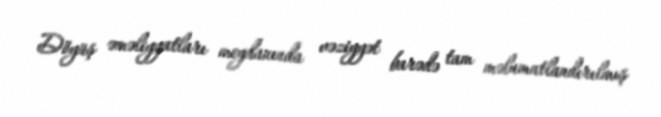
Döyüş əməliyyatları meydanında vəziyyət barədə tam məlumatlandırılmış